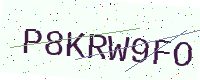
Text: P8KRW9FO